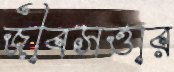
জীবসত্তার